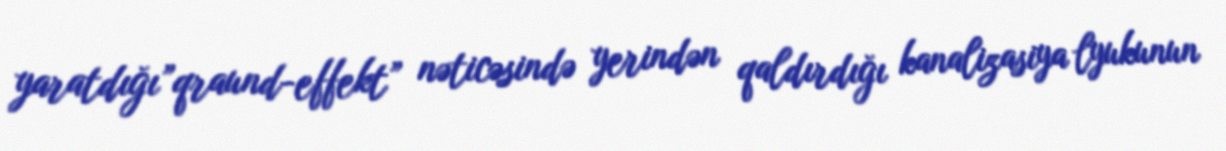
yaratdığı”qraund-effekt” nəticəsində yerindən qaldırdığı kanalizasiya lyukunun